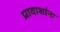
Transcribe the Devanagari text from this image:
प्रावाशांना